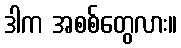
ဒါက အစစ်တွေလား။